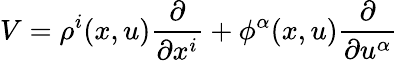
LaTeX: V=\rho^{i}(x,u){\frac{\partial}{\partial x^{i}}}+\phi^{\alpha}(x,u){\frac{\partial}{\partial u^{\alpha}}}